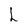
Character: h